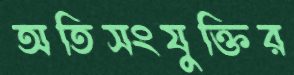
অতিসংযুক্তির